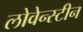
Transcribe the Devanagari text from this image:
लोवेन्स्टीन